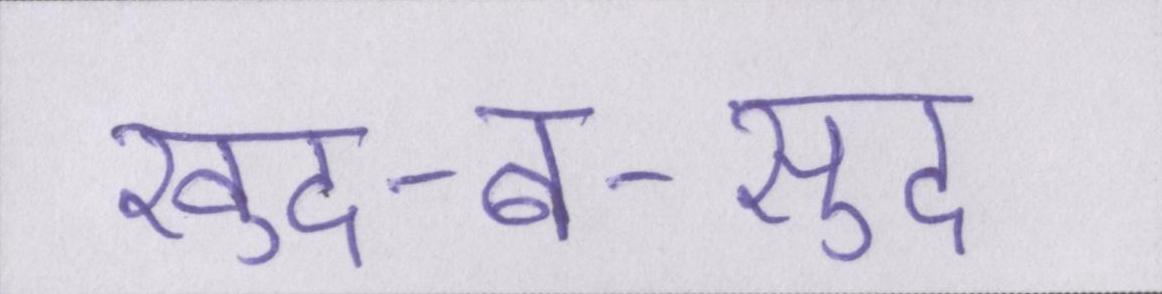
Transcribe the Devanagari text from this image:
खुद-ब-खुद